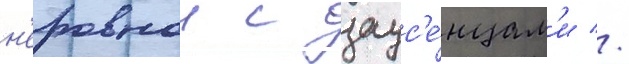
н'еровнои с заус'е́нцам'и //